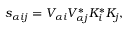
s _ { \alpha i j } = V _ { \alpha i } V _ { \alpha j } ^ { * } K _ { i } ^ { * } K _ { j } ,